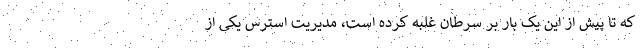
که تا پیش از این یک بار بر سرطان غلبه کرده است، مدیریت استرس یکی از